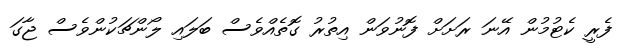
ފެރީ ކެޓުމުން އޭނަ ރަށަށް ފޮނުވަން އިތުރު ގޮތެއްވެސް ބަލައި ލޯންޗަކުންވެސް ޖާގަ